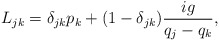
\begin{align*}L_{jk} =\delta_{jk} p_k +(1-\delta_{jk})\frac{ig}{q_j-q_k},\end{align*}